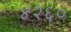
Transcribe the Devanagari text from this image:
४२६०